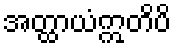
အတ္ထာယံဣတိပိ